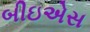
બીઇએસ